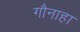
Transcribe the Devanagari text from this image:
गौनाहा